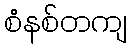
စံနစ်တကျ